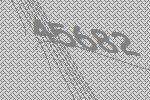
45682